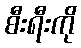
စီးရီးကို